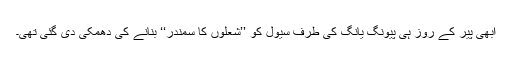
ابھی پیر کے روز ہی پیونگ یانگ کی طرف سیول کو ’’شعلوں کا سمندر‘‘ بنانے کی دھمکی دی گئی تھی۔